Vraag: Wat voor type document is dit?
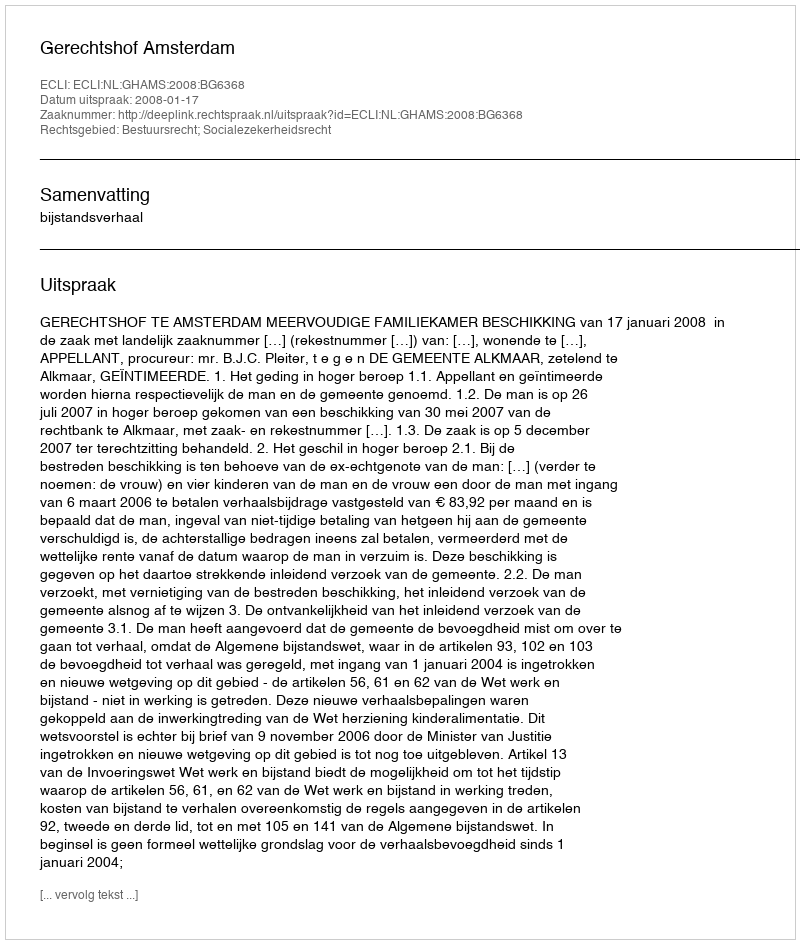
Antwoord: Uitspraak